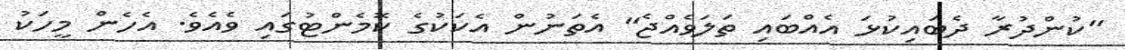
"ކުންދުރާ ދެބައިކުޅަ އެއްބައި ތަލަވެއްޖެ" އެތަނުން އެކަކުގެ ކޮމެންޓުގައި ވެއެވެ. އެހެން މީހަކު